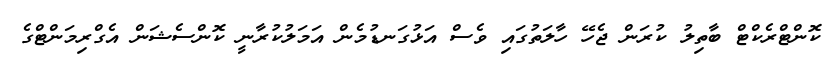
ކޮންޓްރެކްޓް ބާތިލު ކުރަން ޖެހޭ ހާލަތުގައި ވެސް އަޅުގަނޑުމެން އަމަލުކުރާނީ ކޮންސެޝަން އެގްރިމަންޓްގެ